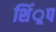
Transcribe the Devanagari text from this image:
शिं्रप